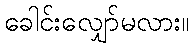
ခေါင်းလျှော်မလား။